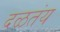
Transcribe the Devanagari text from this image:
दळतंय